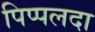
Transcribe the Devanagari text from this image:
पिप्‍पलदा